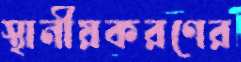
স্থানীয়করণের